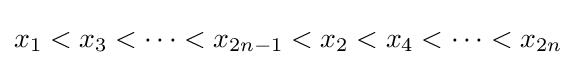
x_{1}<x_{3}<\cdots <x_{2n-1}<x_{2}<x_{4}<\cdots <x_{2n}